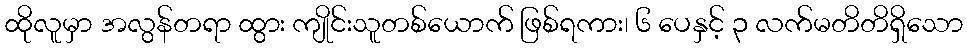
ထိုလူမှာ အလွန်တရာ ထွား ကျိုင်းသူတစ်ယောက် ဖြစ်ရကား၊ ၆ ပေနှင့် ၃ လက်မတိတိရှိသော